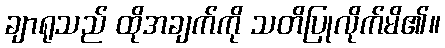
ချာရုသည် ထိုအချက်ကို သတိပြုလိုက်မိ၏။